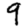
Digit: 9